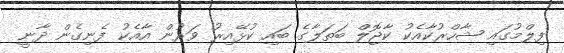
ފިލްމުގައި ޝާހްރުކާއެކު ކާޖޮލް ބަތަލާގެ ބައި ކުޅޭއިރު ވަރުން އާއެކު ފެނިގެން ދާނީ